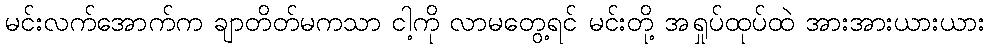
မင်းလက်အောက်က ချာတိတ်မကသာ ငါ့ကို လာမတွေ့ရင် မင်းတို့ အရှုပ်ထုပ်ထဲ အားအားယားယား